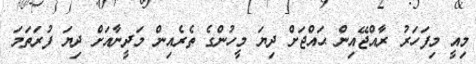
މިއީ މިފަހަރު ރާއްޖޭއިން ޙައްޖަށް ދިޔަ މީހުންގެ ތެރެއިން މަދީނާއަށް ދިޔަ ފުރަތަމަ